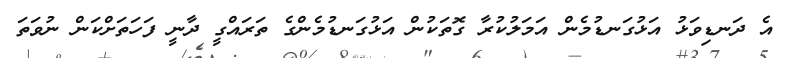
އެ ދަނޑިވަޅު އަޅުގަނޑުމެން އަމަލުކުރާ ގޮތަކުން އަޅުގަނޑުމެންގެ ތަރައްގީ ދާނީ ފަހަތަށްކަން ނުވަތަ